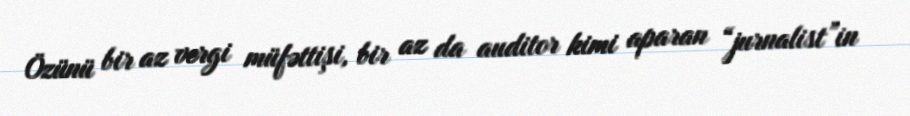
Özünü bir az vergi müfəttişi, bir az da auditor kimi aparan “jurnalist”in